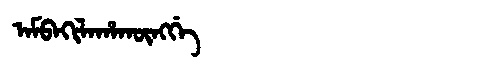
Manchu: ᠠᠮᠪᠠᡴᡳᠯᠠᡥᠠᡴᡡᠩᡤᡝ
Romanization: AMBAKILAHAKŪNGGE